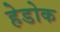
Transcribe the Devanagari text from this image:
हेडोक